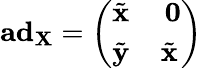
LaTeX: \mathbf{ad}_{\mathbf{X}}=\left(\begin{array}{cc}{\tilde{\mathbf{x}}}&{\ \mathbf{0}}\\ {\tilde{\mathbf{y}}}&{\tilde{\mathbf{x}}}\end{array}\right)